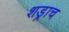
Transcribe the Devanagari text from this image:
शड्राच